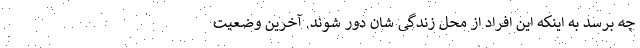
چه برسد به اینکه این افراد از محل زندگی شان دور شوند. آخرین وضعیت